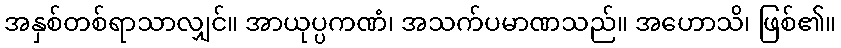
အနှစ်တစ်ရာသာလျှင်။ အာယုပ္ပကဏံ၊ အသက်ပမာဏသည်။ အဟောသိ၊ ဖြစ်၏။